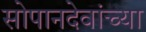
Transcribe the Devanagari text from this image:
सोपानदेवांच्या